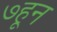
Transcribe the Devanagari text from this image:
७हून